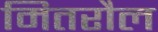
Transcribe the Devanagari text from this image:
मितरौल